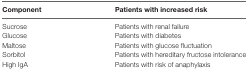
<table><thead><tr><td><b>Component</b></td><td><b>Patients with increased risk</b></td></tr></thead><tbody><tr><td>Sucrose</td><td>Patients with renal failure</td></tr><tr><td>Glucose</td><td>Patients with diabetes</td></tr><tr><td>Maltose</td><td>Patients with glucose fluctuation</td></tr><tr><td>Sorbitol</td><td>Patients with hereditary fructose intolerance</td></tr><tr><td>High IgA</td><td>Patients with risk of anaphylaxis</td></tr></tbody></table>